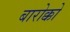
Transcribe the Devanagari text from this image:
बारोक्को